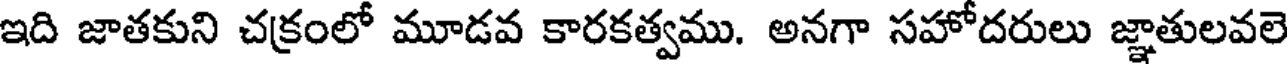
ఇది జాతకుని చక్రంలో మూడవ కారకత్వము. అనగా సహోదరులు జ్ఞాతులవలె